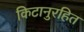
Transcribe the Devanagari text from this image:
किटानुरहित